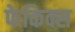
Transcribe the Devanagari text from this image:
फेकिक्स